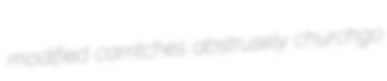
modified carritches abstrusely churchgo